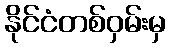
နိုင်ငံတစ်ဝှမ်းမှ